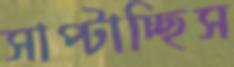
সাপ্‌টাচ্ছিস